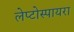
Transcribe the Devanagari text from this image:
लेप्टोस्पायरा